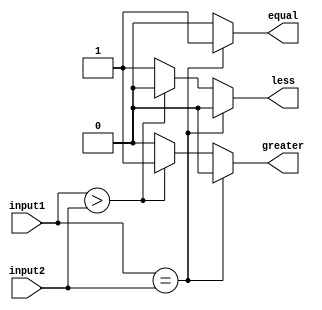
module magnitude_comparator (
    input signed[7:0] input1,
    input signed[7:0] input2,
    output reg equal,
    output reg greater,
    output reg less
);

always @(*) begin
    if (input1 == input2) begin
        equal <= 1'b1;
        greater <= 1'b0;
        less <= 1'b0;
    end else if (input1 > input2) begin
        equal <= 1'b0;
        greater <= 1'b1;
        less <= 1'b0;
    end else begin
        equal <= 1'b0;
        greater <= 1'b0;
        less <= 1'b1;
    end
end

endmodule